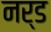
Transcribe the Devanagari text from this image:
नर्ड